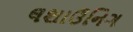
લશાઉનિગ